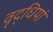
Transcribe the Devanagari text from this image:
वृद्धियां